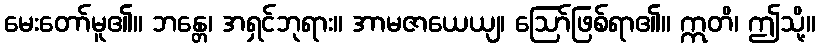
မေးတော်မူ၏။ ဘန္တေ၊ အရှင်ဘုရား။ အာမဇာယေယျ၊ ဩော်ဖြစ်ရာ၏။ ဣတိ၊ ဤသို့။